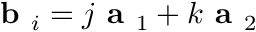
\textbf { b } _ { i } = j \textbf { a } _ { 1 } + k \textbf { a } _ { 2 }